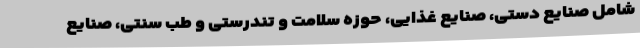
شامل صنایع دستی، صنایع غذایی، حوزه سلامت و تندرستی و طب سنتی، صنایع